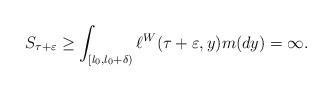
LaTeX: \begin{align*}S_{\tau+\varepsilon}\geq \int_{[l_0,l_0+\delta)} \ell^W(\tau+\varepsilon, y)m(dy)=\infty. \end{align*}